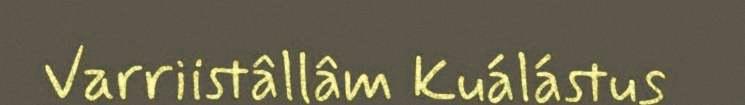
Varriistâllâm Kuálástus